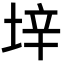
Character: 垶